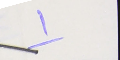
١